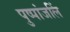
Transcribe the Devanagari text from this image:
पुष्पांजलिं